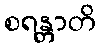
စရန္တာတိ